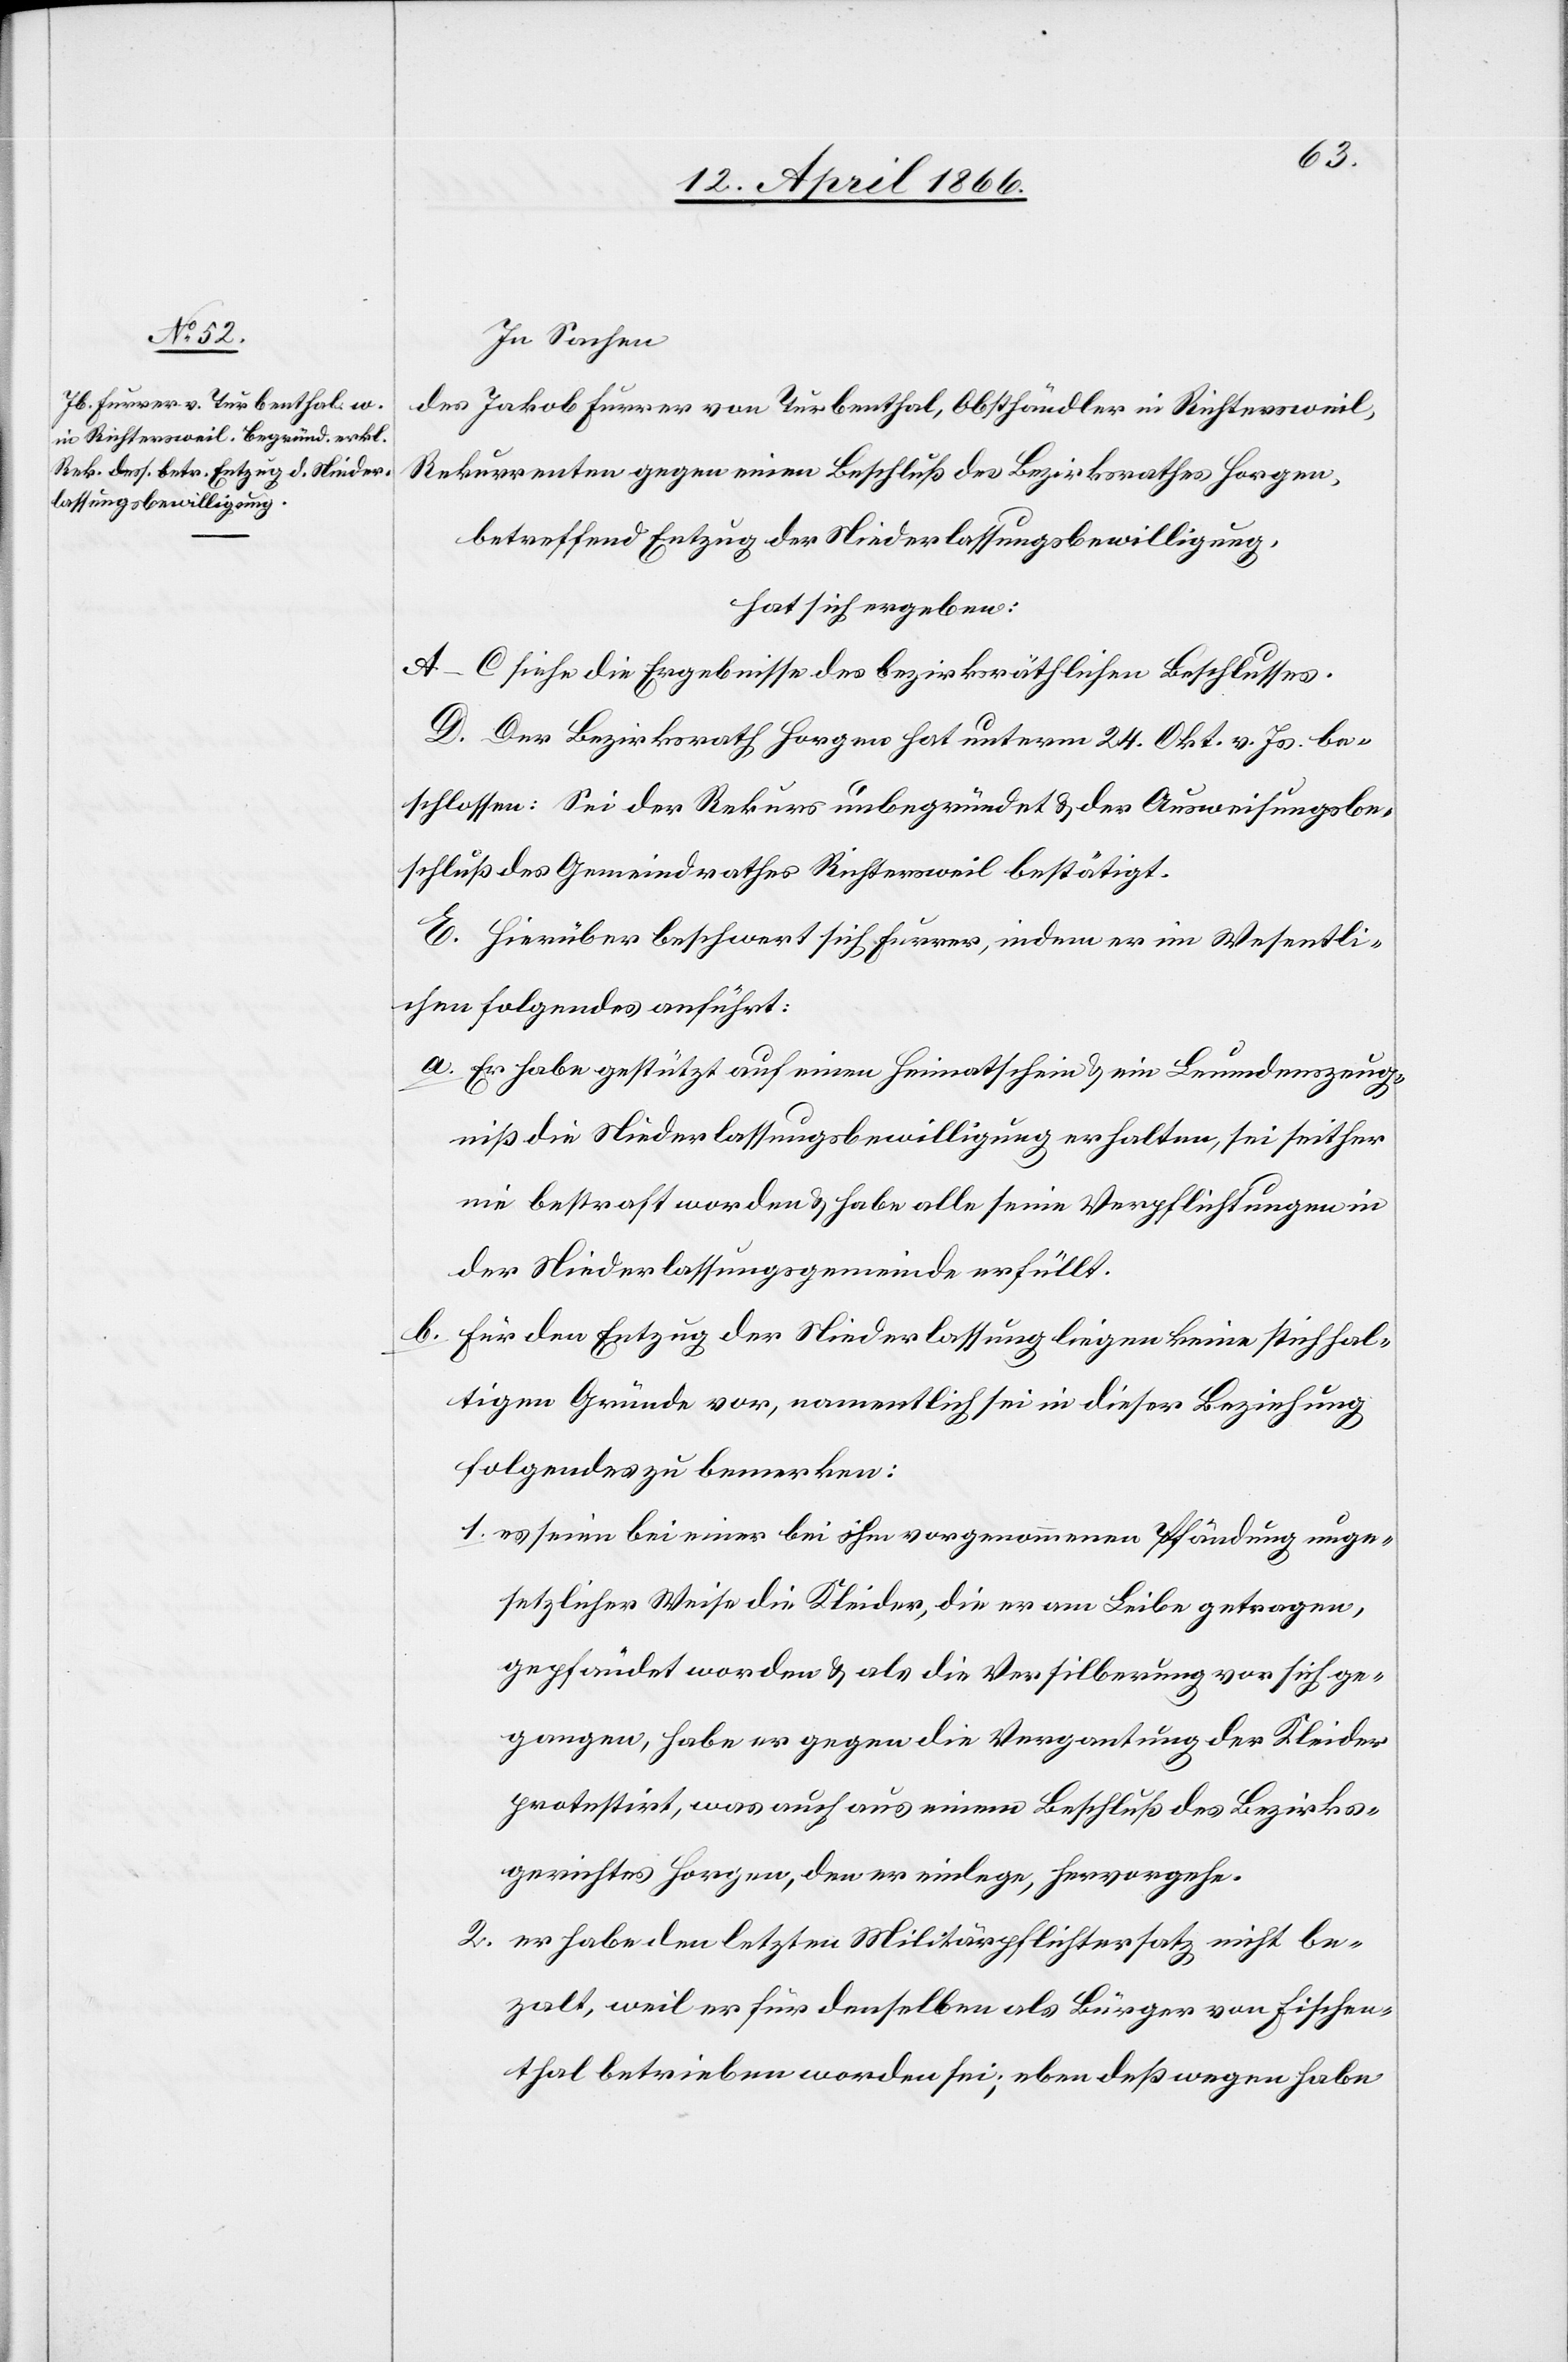
In Sachen
des Jakob Furrer von Turbenthal, Obsthändler in Richtersweil,
Rekurrenten gegen einen Beschluß des Bezirksrathes Horgen,
betreffend Entzug der Niederlassungsbewilligung,
hat sich ergeben:
A–C siehe die Ergebnisse des bezirksräthlichen Beschlusses.
D. Der Bezirksrath Horgen hat unterm 24. Okt. v. Js. be¬
schlossen: Sei der Rekurs unbegründet u. der Ausweisungsbe¬
schluß des Gemeindrathes Richtersweil bestätigt.
E. Hierüber beschwert sich Furrer, indem er im Wesentli¬
chen folgendes anführt:
a. Er habe gestützt auf einen Heimatschein u. ein Leumundszeug¬
niß die Niederlassungsbewilligung erhalten, sei seither
nie bestraft worden u. habe alle seine Verpflichtungen in
der Niederlassungsgemeinde erfüllt.
b. für den Entzug der Niederlassung liegen keine stichhal¬
tigen Gründe vor, namentlich sei in dieser Beziehung
folgendes zu bemerken:
1. es seien bei einer bei ihm vorgenommenen Pfändung unge¬
setzlicher Weise die Kleider, die er am Leibe getragen,
gepfändet worden u. als die Versilberung vor sich ge¬
gangen, habe er gegen die Vergantung der Kleider
protestirt, was auch aus einem Beschluß des Bezirks¬
gerichtes Horgen, den er einlege, hervorgehe.
2. er habe den letzten Militärpflichtersatz nicht be¬
zahlt, weil er für denselben als Bürger von Fischen¬
thal betrieben worden sei; eben deßwegen habe